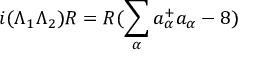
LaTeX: i ( \Lambda _ { 1 } \Lambda _ { 2 } ) R = R ( \sum _ { \alpha } a _ { \alpha } ^ { + } a _ { \alpha } - 8 )